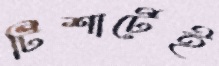
টিশার্টেই